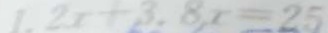
1 . 2 x + 3 . 8 , x = 2 5